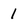
Character: 1